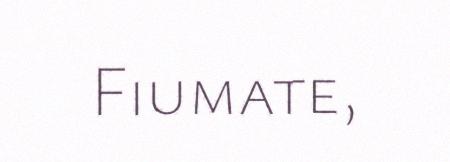
Fiumate,